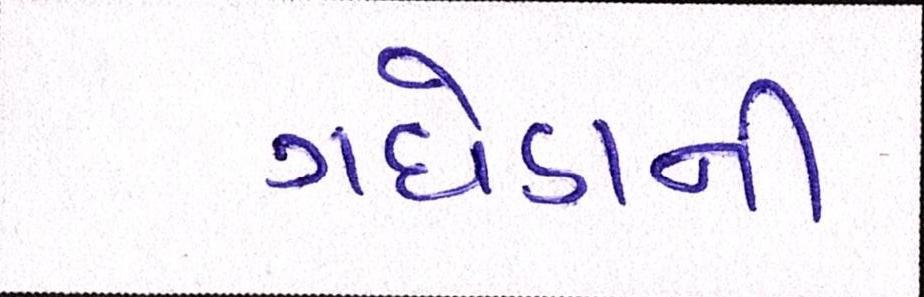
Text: ગધેડાની